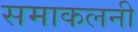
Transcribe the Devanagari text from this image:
समाकलनी